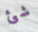
شئ